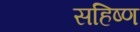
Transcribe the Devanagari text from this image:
सहिष्ण